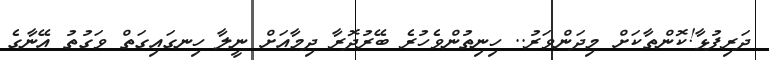
ދަރިފުޅާ!ކޮންތާކަށް މިދަންވަރު.. ހިނިތުންވެހުރެ ބޭރުދޮރާ ދިމާއަށް ނީލާ ހިނގައިގަތް ވަގުތު އޭނާގެ